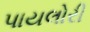
પાયલોરી